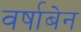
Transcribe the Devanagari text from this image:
वर्षाबेन